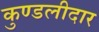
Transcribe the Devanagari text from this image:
कुण्डलीदार